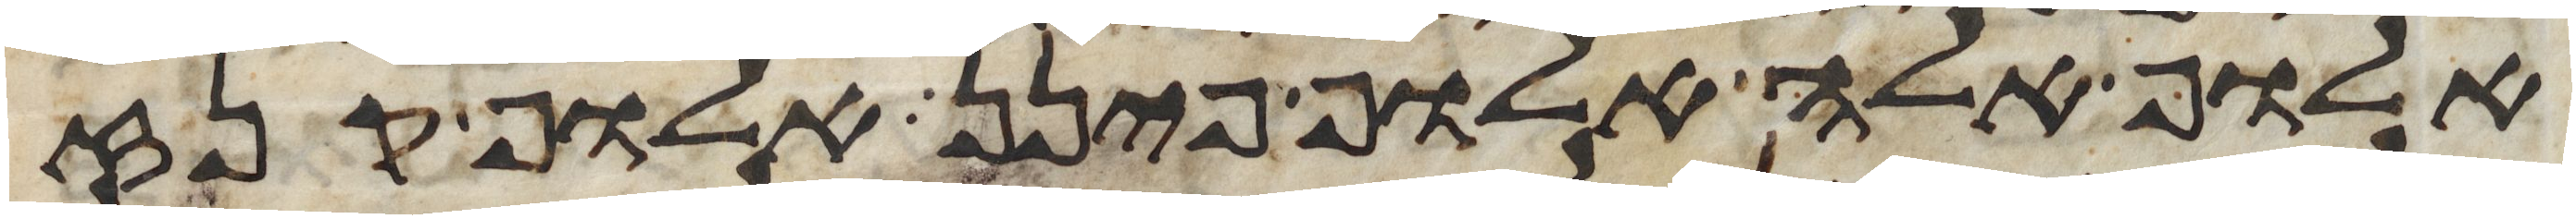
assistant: אלוף אלה אלוף פינן אלוף קנז